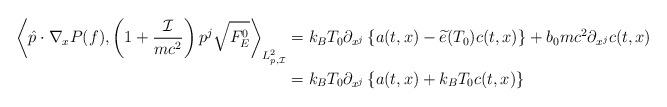
LaTeX: \begin{align*}\left\langle \hat{p}\cdot\nabla_x P(f),\left(1+\frac{\mathcal{I}}{mc^2}\right)p^j\sqrt{F_E^0}\right\rangle_{L^2_{p,\mathcal{I}}}&= k_BT_0\partial_{x^j}\left\{a(t,x)-\widetilde{e}(T_0)c(t,x)\right\}+ b_0mc^2\partial_{x^j}c(t,x)\cr&=k_BT_0\partial_{x^j}\left\{a(t,x)+k_BT_0 c(t,x) \right\}\end{align*}